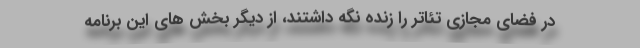
در فضای مجازی تئاتر را زنده نگه داشتند، از دیگر بخش های این برنامه